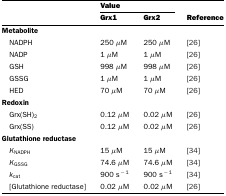
|  | <COLSPAN=2> Value |  |
 |  | Grx1 | Grx2 | Reference |
 | --- | --- | --- | --- |
 | Metabolite |  |  |  |
 | NADPH | 250 μM | 250 μM | [26] |
 | NADP | 1 μM | 1 μM | [26] |
 | GSH | 998 μM | 998 μM | [26] |
 | GSSG | 1 μM | 1 μM | [26] |
 | HED | 70 μM | 70 μM | [26] |
 | Redoxin |  |  |  |
 | Grx(SH)2 | 0.12 μM | 0.02 μM | [26] |
 | Grx(SS) | 0.12 μM | 0.02 μM | [26] |
 | Glutathione reductase |  |  |  |
 | KNADPH | 15 μM | 15 μM | [34] |
 | KGSSG | 74.6 μM | 74.6 μM | [34] |
 | kcat | 900 s−1 | 900 s−1 | [34] |
 | [Glutathione reductase] | 0.02 μM | 0.02 μM | [26] |